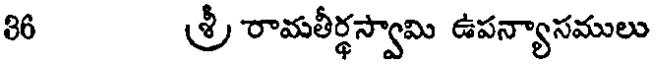
86 శ్రీ రామతీర్థస్వామి ఉపన్యాసములు